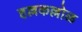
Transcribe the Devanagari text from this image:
हल्लकल्लोळ